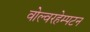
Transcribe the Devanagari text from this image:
वोल्वरहेम्पटन